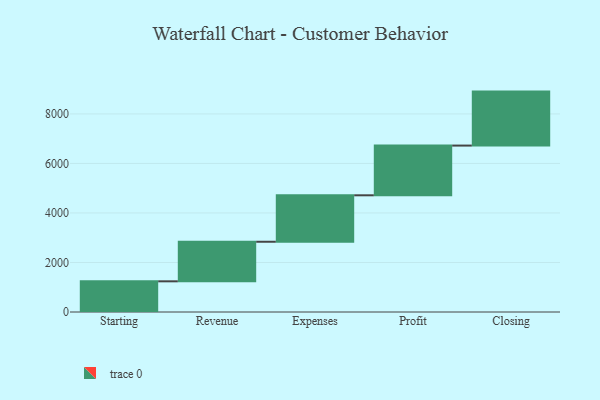
{"axis": {"x": "Step", "y": "Value"}, "legend": [""], "data": [{"x": "Starting", "y": 1239.0, "type": ""}, {"x": "Revenue", "y": 1598.0, "type": ""}, {"x": "Expenses", "y": 1876.0, "type": ""}, {"x": "Profit", "y": 2008.0, "type": ""}, {"x": "Closing", "y": 2180.0, "type": ""}]}